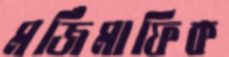
মর্জিমাফিক